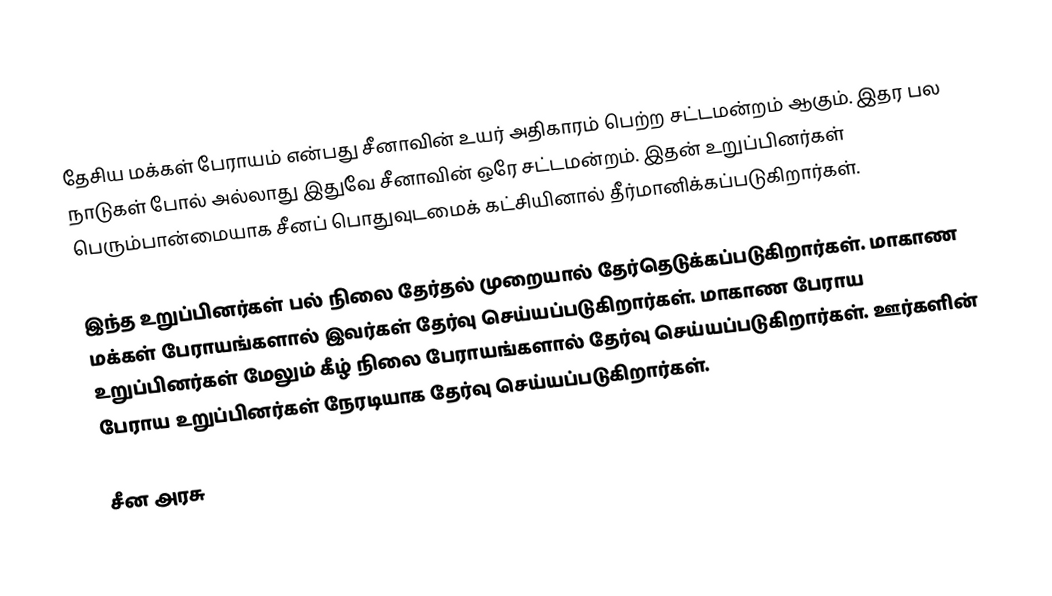
தேசிய மக்கள் பேராயம் என்பது சீனாவின் உயர் அதிகாரம் பெற்ற சட்டமன்றம் ஆகும். இதர பல நாடுகள் போல் அல்லாது இதுவே சீனாவின் ஒரே சட்டமன்றம். இதன் உறுப்பினர்கள் பெரும்பான்மையாக சீனப் பொதுவுடமைக் கட்சியினால் தீர்மானிக்கப்படுகிறார்கள்.

இந்த உறுப்பினர்கள் பல் நிலை தேர்தல் முறையால் தேர்தெடுக்கப்படுகிறார்கள். மாகாண மக்கள் பேராயங்களால் இவர்கள் தேர்வு செய்யப்படுகிறார்கள். மாகாண பேராய உறுப்பினர்கள் மேலும் கீழ் நிலை பேராயங்களால் தேர்வு செய்யப்படுகிறார்கள். ஊர்களின் பேராய உறுப்பினர்கள் நேரடியாக தேர்வு செய்யப்படுகிறார்கள்.

சீன அரசு